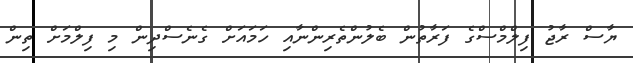
ޔާސް ރާޖު ފިލްމްސްގެ ފަރާތުން ބެލުންތެރިންނާއި ހަމައަށް ގެނެސްދިން މި ފިލްމަށް ތިން